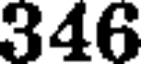
346